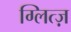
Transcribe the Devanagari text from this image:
ग्लित्ज़